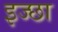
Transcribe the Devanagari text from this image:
इज्छा